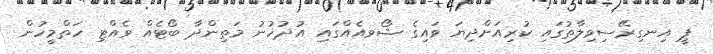
ޕީ އިނގިރޭސިވިލާތުގައި ކުރިއަށްދިޔަ ވައިގެ ޝޯވއެއްގައި އުދުހުނު މަތިންދާ ބޯޓެއް ވެއްޓި ހަތްމީހުން